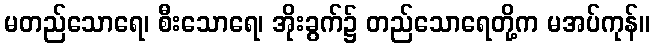
မတည်သောရေ၊ စီးသောရေ၊ အိုးခွက်၌ တည်သောရေတို့က မအပ်ကုန်။